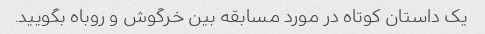
یک داستان کوتاه در مورد مسابقه بین خرگوش و روباه بگویید.